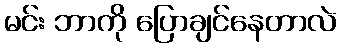
မင်း ဘာကို ပြောချင်နေတာလဲ